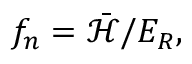
f _ { n } = \mathcal { \bar { H } } / E _ { R } ,